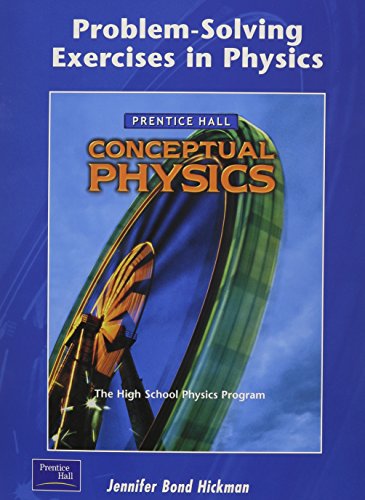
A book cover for Problem-Solving Exercises in Physics: The High School Physics Program (Prentice Hall Conceptual Physics Workbook); PRENTICE HALL; Teen & Young Adult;